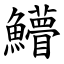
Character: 䲛